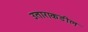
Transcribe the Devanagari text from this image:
उताराकडील